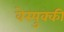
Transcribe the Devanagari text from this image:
वेस्पुक्की